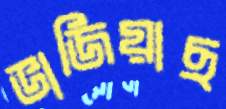
ভাজিয়াছ